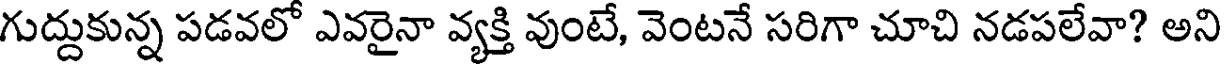
గుద్దుకున్న పడవలో ఎవరైనా వ్యక్తి వుంటే, వెంటనే సరిగా చూచి నడపలేవా? అని